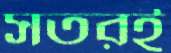
সতরই